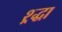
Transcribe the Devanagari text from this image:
श्र्द्धा